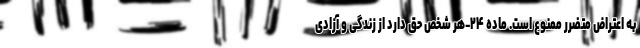
به اعتراض متضرر ممنوع است. ماده ۲۴-هر شخص حق دارد از زندگی و آزادی